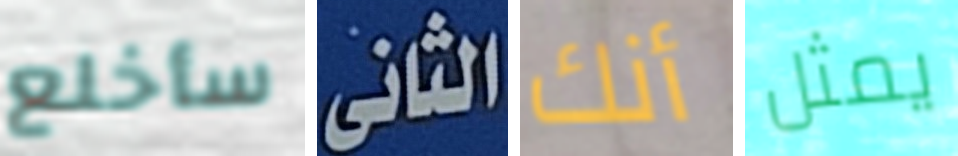
سأخلع الثانى أنك يمثل